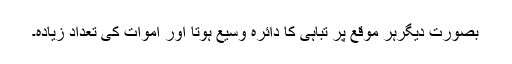
بصورت دیگرہر موقع پر تباہی کا دائرہ وسیع ہوتا اور اموات کی تعداد زیادہ۔